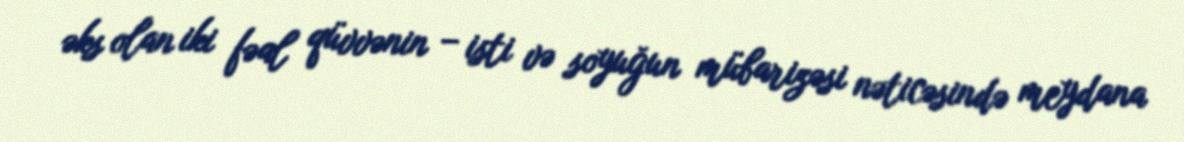
əks olan iki fəal qüvvənin – isti və soyuğun mübarizəsi nəticəsində meydana